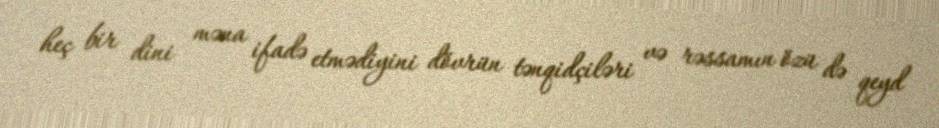
heç bir dini məna ifadə etmədiyini dövrün tənqidçiləri və rəssamın özü də qeyd